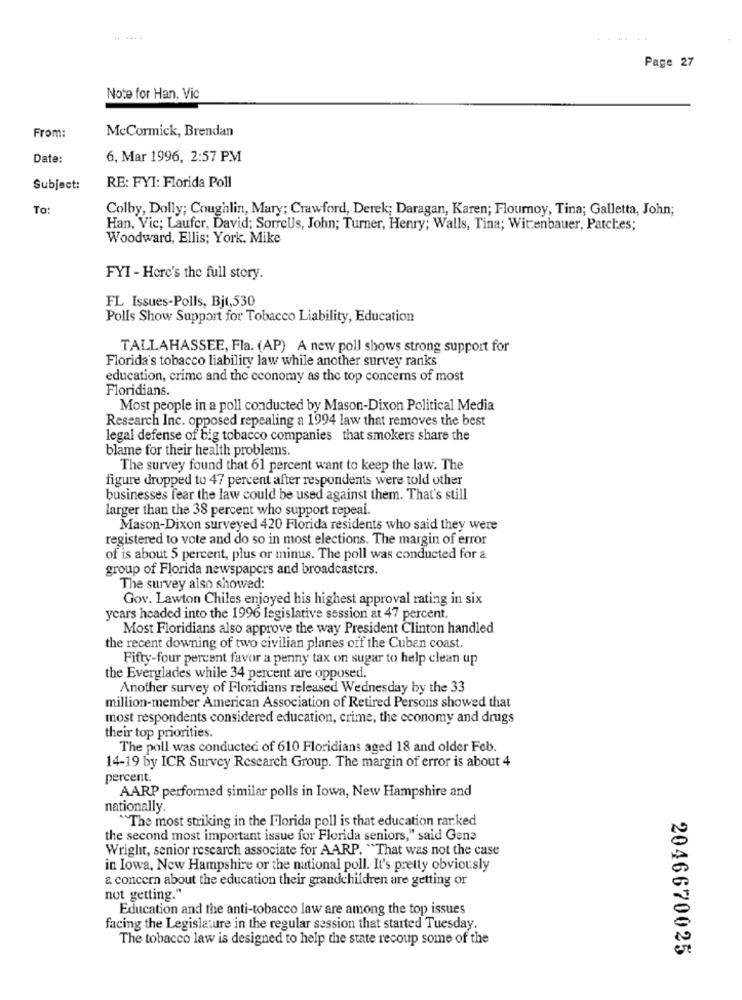
Page 27
Note for Han, Vic
McCormick, Brendan
From:
Date:
6, Mar 1996, 2:57 PM
RE: FYI: Florida Poll
Subject:
To:
Colby, Dolly; Coughlin, Mary; Crawford, Derek; Daragan, Karen; Flournoy, Tina; Galletta, John;
Han, Vic; Laufer, David; SorreUs, John; Turner, Henry; Walls, Tina; Wittenbauer, Patches;
Woodward, Ellis; York, Mike
FYI - Here's the full story.
FL Issues-Polls, Bjt,530
Polls Show Support for Tobacco Liability, Education
TALLAHASSEE, Fla. (AP) A new poll shows strong support for
Florida's tobacco liability law while another survey ranks
education, crime and the economy as the top concerns of most
Floridians.
Most people in a poll conducted by Mason-Dixon Political Media
Research Inc. opposed repealing a 1994 law that removes the best
legal defense of big tobacco companies that smokers share the
blame for their health problems.
The survey found that 61 percent want to keep the law. The
figure dropped to 47 percent after respondents were told other
businesses fear the law could be used against them. That's still
larger than the 38 percent who support repeal.
Mason-Dixon surveyed 420 Florida residents who said they were
registered to vote and do so in most elections. The margin of error
of is about 5 percent, plus or minus. The poll was conducted for a
group of Florida newspapers and broadcasters.
The survey also showed:
Gov. Lawton Chiles enjoyed his highest approval rating in six
years headed into the 1996 legislative session at 47 percent.
Most Floridians also approve the way President Clinton handled
the recent downing of two civilian planes off the Cuban coast.
Fifty-four percent favor a penny tax on sugar to help clean up
the Everglades while 34 percent are opposed.
Another survey of Floridians released Wednesday by the 33
million-member American Association of Retired Persons showed that
most respondents considered education, crime, the economy and drugs
their top priorities.
The poll was conducted of 610 Floridians aged 18 and older Feb.
14-19 by ICR Survey Research Group. The margin of error is about 4
percent.
AARP performed similar polls in Iowa, New Hampshire and
nationally.
"The most striking in the Florida poll is that education rar.ked
the second most important issue for Florida seniors," said Gene
Wright, senior research associate for AARP. "That was not the case
in Iowa, New Hampshire or the national poll. It's pretty obviously
& concern about the education their grandchildren are getting or
not getting."
Education and the anti-tobacco law are among the top issues
facing the Legislature in the regular session that started Tuesday.
The tobacco law is designed to help the state recoup some of the
2046670025